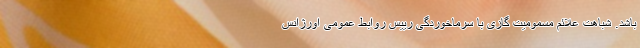
باشد. شباهت علائم مسمومیت گازی با سرماخوردگی رییس روابط عمومی اورژانس